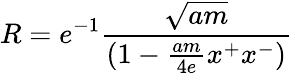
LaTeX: R=e^{-1}{\frac{\sqrt{am}}{(1-{\frac{am}{4e}}x^{+}x^{-})}}